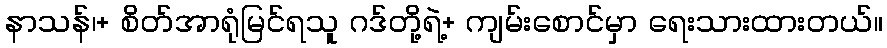
နာသန်၊+ စိတ်အာရုံမြင်ရသူ ဂဒ်တို့ရဲ့+ ကျမ်းစောင်မှာ ရေးသားထားတယ်။